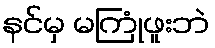
နင်မှ မကြုံဖူးဘဲ